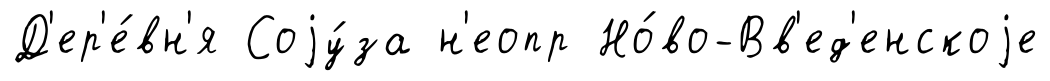
Д'ер'е́вн'я Соjу́за н'еопр Но́во-Вв'ед'енскоjе